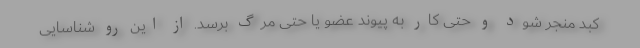
کبد منجر شود و حتی کار به پیوند عضو یا حتی مرگ برسد. از این رو شناسایی